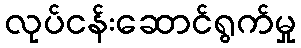
လုပ်ငန်းဆောင်ရွက်မှု